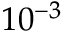
1 0 ^ { - 3 }